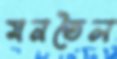
মনতৈল